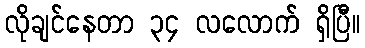
လိုချင်နေတာ ၃၄ လလောက် ရှိပြီ။